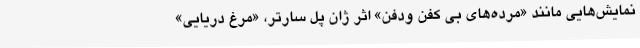
نمایش‌هایی مانند «مرده‌های بی کفن ودفن» اثر ژان پل سارتر، «مرغ دریایی»